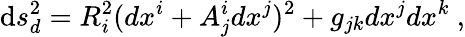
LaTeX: \mathrm{d}s_{d}^{2}=R_{i}^{2}(dx^{i}+A_{j}^{i}dx^{j})^{2}+g_{jk}dx^{j}dx^{k}\ ,